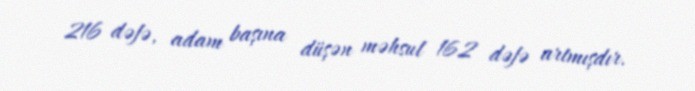
216 dəfə, adam başına düşən məhsul 162 dəfə artmışdır.